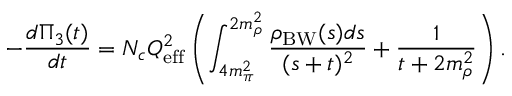
- \frac { d \Pi _ { 3 } ( t ) } { d t } = N _ { c } Q _ { \mathrm { e f f } } ^ { 2 } \left( \int _ { 4 m _ { \pi } ^ { 2 } } ^ { 2 m _ { \rho } ^ { 2 } } \frac { \rho _ { \mathrm { B W } } ( s ) d s } { ( s + t ) ^ { 2 } } + \frac 1 { t + 2 m _ { \rho } ^ { 2 } } \right) .